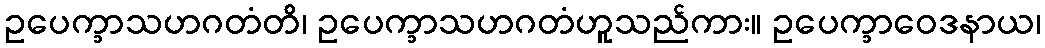
ဥပေက္ခာသဟဂတံတိ၊ ဥပေက္ခာသဟဂတံဟူသည်ကား။ ဥပေက္ခာဝေဒနာယ၊